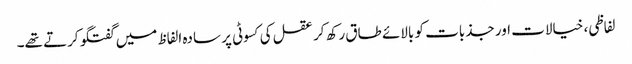
لفاظی، خیالات اور جذبات کو بالائے طاق رکھ کر عقل کی کسوٹی پر سادہ الفاظ میں گفتگو کرتے تھے۔